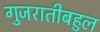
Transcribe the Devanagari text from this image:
गुजरातीबहुल